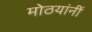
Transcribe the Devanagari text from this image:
मोठयांनीं